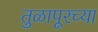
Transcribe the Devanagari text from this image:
तुळापूरच्या